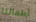
أطفالنا